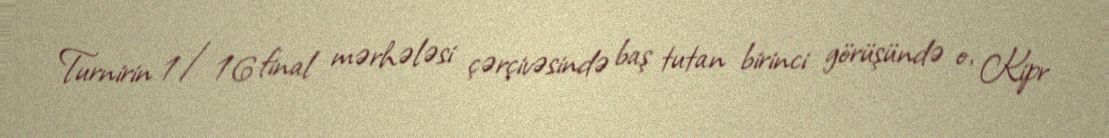
Turnirin 1/16 final mərhələsi çərçivəsində baş tutan birinci görüşündə o, Kipr